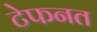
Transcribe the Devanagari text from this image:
टेफनत